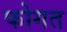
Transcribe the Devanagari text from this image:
फोगत